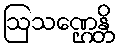
ဩသဏ္ဌေန္တိ